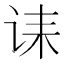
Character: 诔